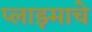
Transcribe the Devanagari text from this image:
प्लाझ्माचे